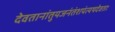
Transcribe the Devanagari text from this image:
देवतानांतुयजनंतंशपंत्यथदेवताः